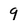
Character: 9